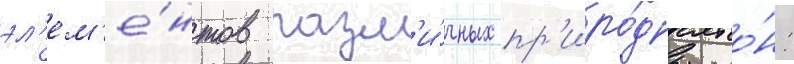
эл'ем'е́нтов разл'и́чных пр'иро́дных зо́н: